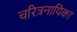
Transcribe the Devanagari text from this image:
चरित्रनायिका